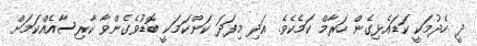
ދީ ހެދުމަކީ ކަޑައެޅިގެން ހަރާމް ކަމެކެވެ. އަދި މިފަދަ ކަންކަމަކީ ބޮޑުވެގެންވާ ކާރިސާއެއްކަމަށް